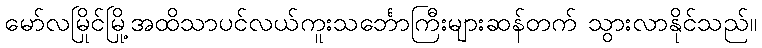
မော်လမြိုင်မြို့အထိသာပင်လယ်ကူးသင်္ဘောကြီးများဆန်တက် သွားလာနိုင်သည်။